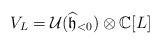
LaTeX: \begin{gather*}V_{L}=\mathcal{U}(\widehat{\mathfrak{h}}_{<0})\otimes\mathbb{C}[{L}]\end{gather*}